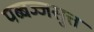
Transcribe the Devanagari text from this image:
पब्बज्जसुत्त